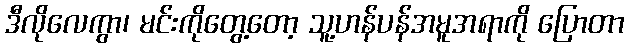
ဒီလိုလေကွာ၊ မင်းကိုတွေ့တော့ သူ့ဟန်ပန်အမူအရာကို ပြောတာ